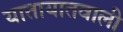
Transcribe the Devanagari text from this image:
यातायातवाली